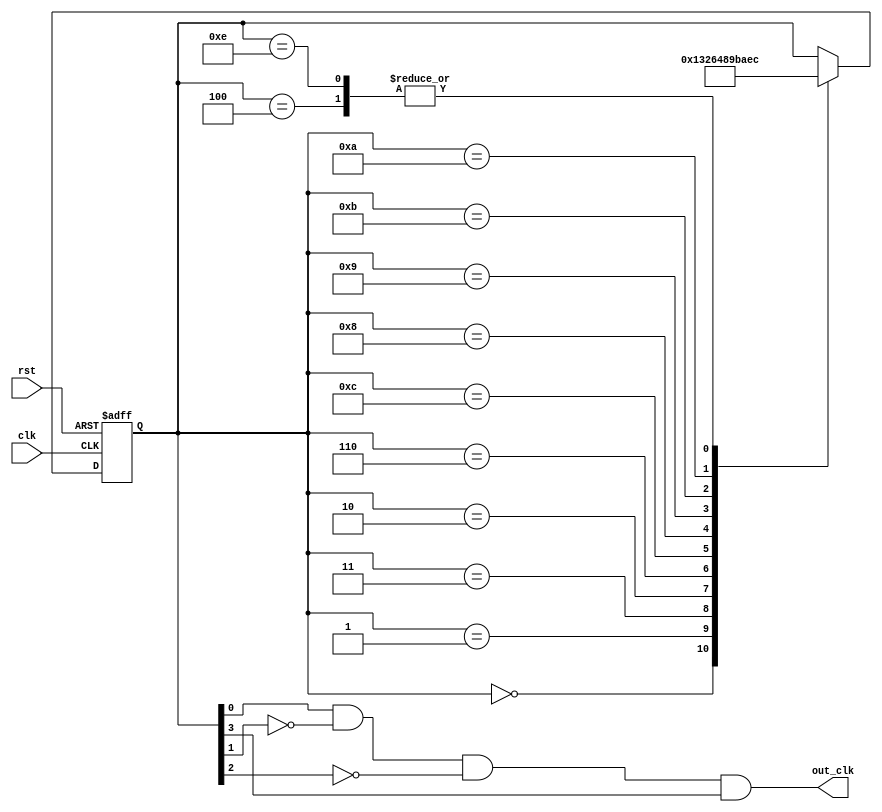
module Johnson_counter_clock_divider (
    input wire clk,
    input wire rst,
    output wire out_clk
);

reg [3:0] count;

always @ (posedge clk or posedge rst) begin
    if (rst) begin
        count <= 4'b0000;
    end else begin
        case (count)
            4'b0000: count <= 4'b0001;
            4'b0001: count <= 4'b0011;
            4'b0011: count <= 4'b0010;
            4'b0010: count <= 4'b0110;
            4'b0110: count <= 4'b0100;
            4'b0100: count <= 4'b1100;
            4'b1100: count <= 4'b1000;
            4'b1000: count <= 4'b1001;
            4'b1001: count <= 4'b1011;
            4'b1011: count <= 4'b1010;
            4'b1010: count <= 4'b1110;
            4'b1110: count <= 4'b1100;
        endcase
    end
end

assign out_clk = (count[0] & ~count[1] & ~count[2] & count[3]);

endmodule